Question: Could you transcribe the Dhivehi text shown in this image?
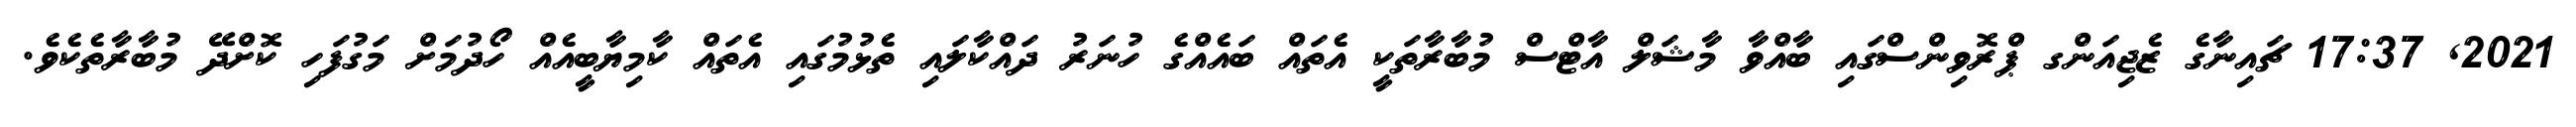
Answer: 2021, 17:37 ޗައިނާގެ ޒެޖިއަންގ ޕްރޮވިންސްގައި ބާއްވާ މާޝަލް އާޓްސް މުބާރާތަކީ އެތައް ބައެއްގެ ހުނަރު ދައްކާލައި ތެޅުމުގައި އެތައް ކާމިޔާބީއެއް ހޯދުމަށް މަގުފަހި ކޮށްދޭ މުބާރާތެކެވެ.